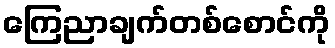
ကြေညာချက်တစ်စောင်ကို